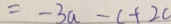
= - 3 a - c + 2 c